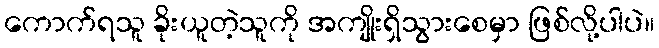
ကောက်ရသူ ခိုးယူတဲ့သူကို အကျိုးရှိသွားစေမှာ ဖြစ်လို့ပါပဲ။